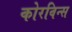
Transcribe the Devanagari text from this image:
कोरविन्स